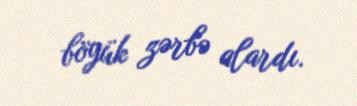
böyük zərbə alardı.